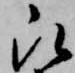
被